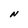
Character: N